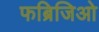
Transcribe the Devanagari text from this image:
फब्रिजिओ